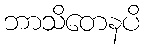
ဘာသိတေနပိ